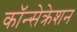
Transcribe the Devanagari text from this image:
कॉन्सेक्रेशन